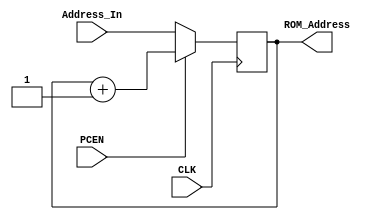
`timescale 1ns / 1ps
//////////////////////////////////////////////////////////////////////////////////
// 
// Design Name: 	 Math Box Program Counter
// Module Name:    MB_Program_Counter 
// Project Name: 	 Vic Vector
// Target Devices: 
// Tool versions: 
// Description: 	 This models the behavior of the program counter which is between the A1 and B1 latch and the Math Box ROMs
// 
// Dependencies: 	 A1 ROM and B1 latch
//
// Revision: 
// Revision 0.01 - File Created
// Additional Comments: 
//
//////////////////////////////////////////////////////////////////////////////////
module MB_Program_Counter(Address_In, PCEN, CLK, ROM_Address);
    input [7:0] Address_In;
    input PCEN;
    input CLK;
    output reg [7:0] ROM_Address;

	//ROM_Address will address the Math Box ROMs
	//reg [7:0] ROM_Address;
	
	always@ (posedge CLK)
	begin
		if (~PCEN) begin
			ROM_Address = Address_In;
			end
		else if(PCEN) begin
			//ROM_Address = ROM_Address;
			ROM_Address = ROM_Address + 1;
			end
	end
		

endmodule